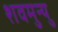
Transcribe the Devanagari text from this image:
शवमुन्यु